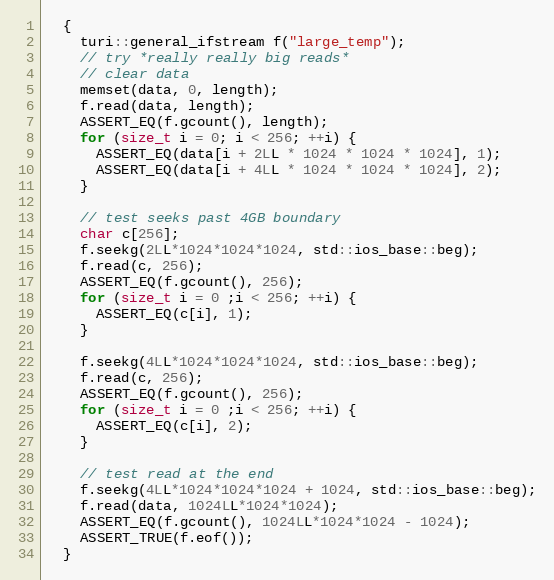
Language: C++
  {
    turi::general_ifstream f("large_temp");
    // try *really really big reads*
    // clear data
    memset(data, 0, length);
    f.read(data, length);
    ASSERT_EQ(f.gcount(), length);
    for (size_t i = 0; i < 256; ++i) {
      ASSERT_EQ(data[i + 2LL * 1024 * 1024 * 1024], 1);
      ASSERT_EQ(data[i + 4LL * 1024 * 1024 * 1024], 2);
    }

    // test seeks past 4GB boundary
    char c[256];
    f.seekg(2LL*1024*1024*1024, std::ios_base::beg);
    f.read(c, 256);
    ASSERT_EQ(f.gcount(), 256);
    for (size_t i = 0 ;i < 256; ++i) {
      ASSERT_EQ(c[i], 1);
    }

    f.seekg(4LL*1024*1024*1024, std::ios_base::beg);
    f.read(c, 256);
    ASSERT_EQ(f.gcount(), 256);
    for (size_t i = 0 ;i < 256; ++i) {
      ASSERT_EQ(c[i], 2);
    }

    // test read at the end
    f.seekg(4LL*1024*1024*1024 + 1024, std::ios_base::beg);
    f.read(data, 1024LL*1024*1024);
    ASSERT_EQ(f.gcount(), 1024LL*1024*1024 - 1024);
    ASSERT_TRUE(f.eof());
  }